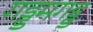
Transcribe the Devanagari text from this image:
गड्डमगड्ड